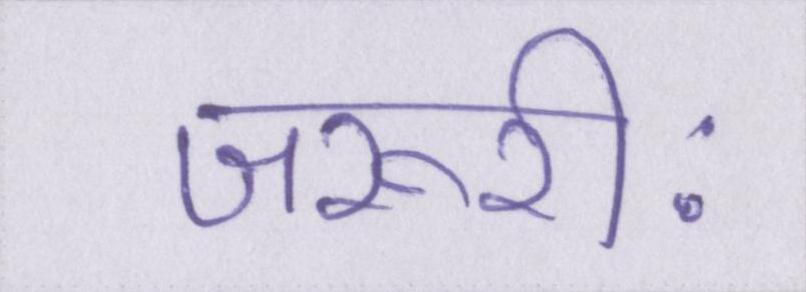
जरूरीः